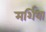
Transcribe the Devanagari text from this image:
मर्शिया